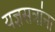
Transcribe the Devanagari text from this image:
यज्ञसत्रांना